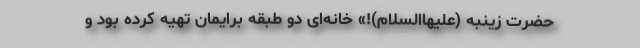
حضرت زینبه (علیهاالسلام)!» خانه‌ای دو طبقه برایمان تهیه کرده بود و